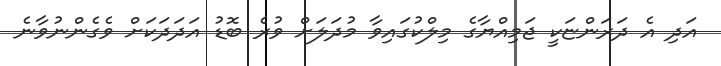
އަދި އެ ދަރަންޏަކީ ޖަމިއްޔާގެ މިލްކުގައިވާ މުދަލަށް ވުރެ ބޮޑު އަދަދަކަށް ވެގެންނުވާނެ